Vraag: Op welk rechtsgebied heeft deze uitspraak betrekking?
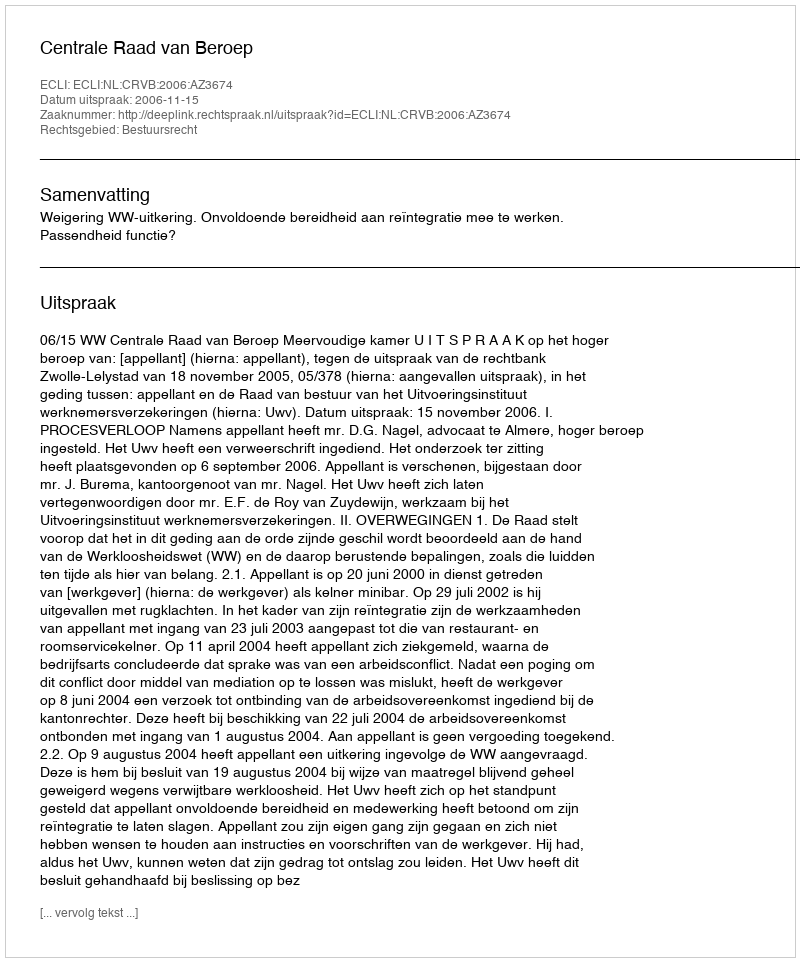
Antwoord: Bestuursrecht